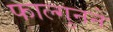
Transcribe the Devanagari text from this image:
फाल्गुनने